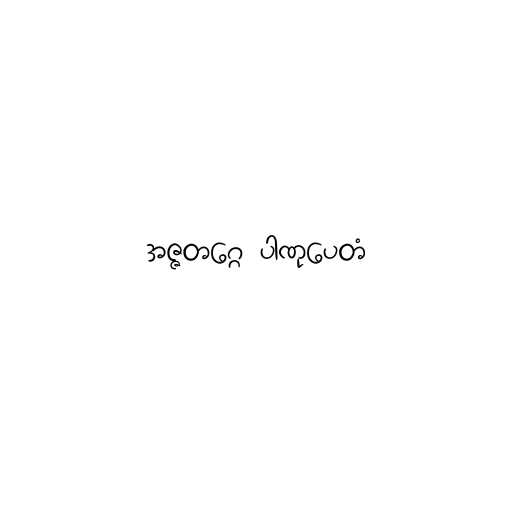
အဇ္ဇတဂ္ဂေ ပါဏုပေတံ